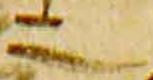
二